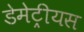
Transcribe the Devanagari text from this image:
डेमेट्रीयस